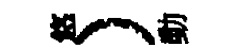
悠）動